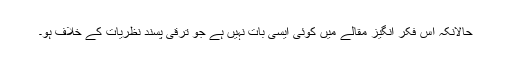
حالانکہ اس فکر انگیز مقالے میں کوئی ایسی بات نہیں ہے جو ترقی پسند نظریات کے خلاف ہو۔